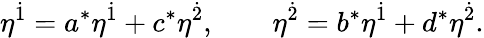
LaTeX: \eta^{\dot{1}}=a^{\ast}\eta^{\dot{1}}+c^{\ast}\eta^{\dot{2}},\qquad\eta^{\dot{2}}=b^{\ast}\eta^{\dot{1}}+d^{\ast}\eta^{\dot{2}}.